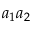
a _ { 1 } a _ { 2 }